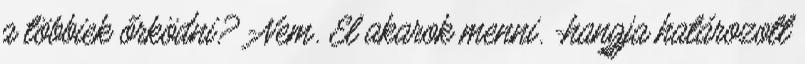
a többiek őrködni? -Nem. El akarok menni. -hangja határozott